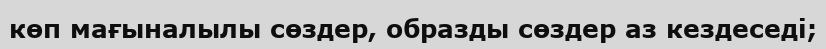
көп мағыналылы сөздер, образды сөздер аз кездеседі;